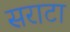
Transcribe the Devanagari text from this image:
सराटा